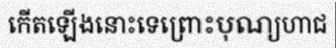
កើតឡើងនោះទេព្រោះបុណ្យហាជ